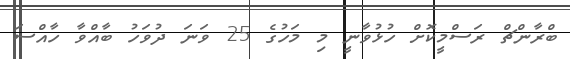
ބްރާންޗް ރަސްމީކޮށް ހުޅުވާނީ މި މަހުގެ 25 ވަނަ ދުވަހު ބާއްވާ ހާއްސަ